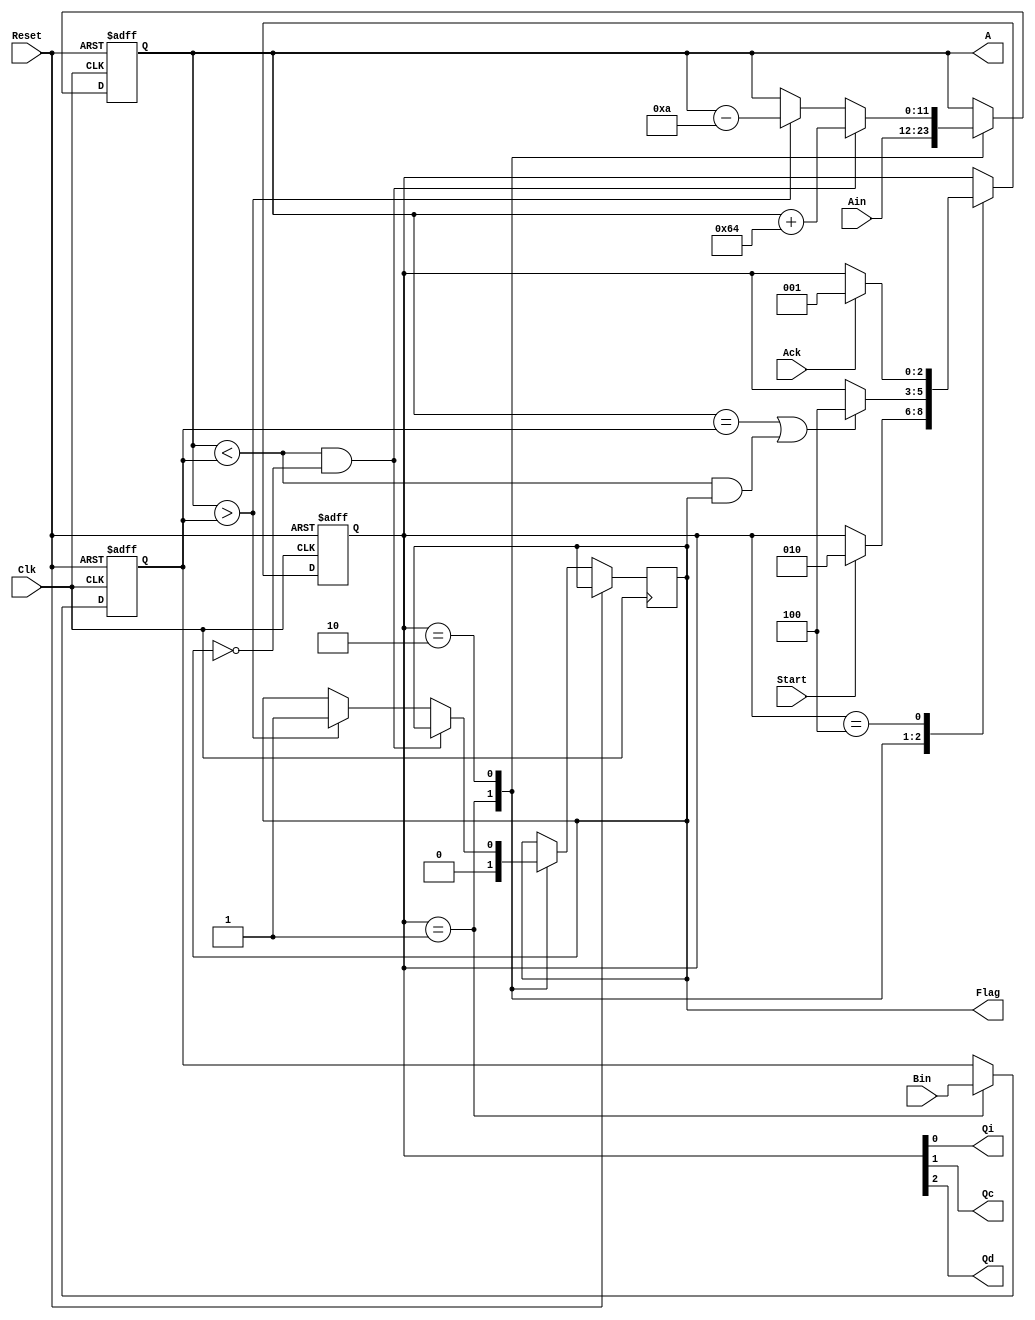
// EE201L RTL Exercises
// make_A_close_to_B.v
// Written by Suraj Abraham, Gandhi Puvvada 
// March 1, 2009, March 4, 2010

// Given two 12-bit unsigned numbers A and B where A < B, we increase A 
// by 100s and then decrease it by 10s, if needed, to bring it close to B, 
// but not greater than B

`timescale 1 ns / 100 ps

module make_A_close_to_B (Ain, Bin, Start, Ack, Clk, Reset, 
				Flag, Qi, Qc, Qd, A);

input [11:0] Ain, Bin;
input Start, Ack, Clk, Reset;
output Flag;  // Flag FF
output Qi, Qc, Qd;
output [11:0] A;

// Rest are wire by default
reg [11:0] A, B;
reg [2:0] state;
reg Flag;

localparam
INI	= 3'b001,
ADJ	= 3'b010,
DONE = 3'b100;

assign {Qd, Qc, Qi} = state;

always @(posedge Clk, posedge Reset) 

  begin  : CU_n_DU
    if (Reset)
       begin
          state <= INI;
	      A <= 12'bXXXXXXXXXXXX;        // to avoid recirculating mux controlled by Reset
	      B <= 12'bXXXXXXXXXXXX;	   // to avoid recirculating mux controlled by Reset 
	    end
    else
       begin
         (* full_case, parallel_case *)
         case (state)
	        INI	: 
	          begin
		         // state transitions in the control unit
		         if (Start)
		           state <= ADJ;
		         // RTL operations in the Data Path 
		           A <= Ain;
		           B <= Bin;
		           Flag <= 0;
	          end
	        ADJ	:  // ** TODO **  complete RTL Operations and State Transitions
	          begin
		         // state transitions in the control unit
	
					if ( (A == B) || (A < B) && (Flag) )
						state <= DONE;
	
		         // RTL operations in the Data Path 		           

					if ( (A < B) && (!Flag) )
						A <= A + 100;
					else if ( A > B)
						begin
							Flag <= 1;
							A <= A - 10;
						end
				 
 	          end
	        DONE	:
	          begin  
		         // state transitions in the control unit
		         if (Ack)
		           state <= INI;
		       end    
      endcase
    end 
  end
 
endmodule